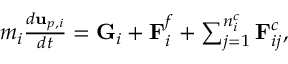
\begin{array} { r } { m _ { i } \frac { d \mathbf { u } _ { p , i } } { d t } = \mathbf { G } _ { i } + \mathbf { F } _ { i } ^ { f } + \sum _ { j = 1 } ^ { n _ { i } ^ { c } } \mathbf { F } _ { i j } ^ { c } , } \end{array}